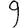
Digit: 9